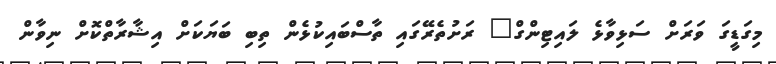
މިގަޑީގަ ވަރަށް ސަޅިވާޅެ ލައިޓިންގް" ރަށުތެރޭގައި ތާސްބައިކުޅެން ތިބި ބަޔަކަށް އިޝާރާތްކޮށް ނިވާން